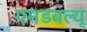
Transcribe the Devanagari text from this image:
एमडबल्यू